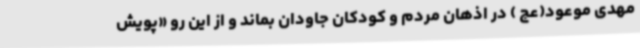
مهدی موعود(عج ) در اذهان مردم و کودکان جاودان بماند و از این رو «پویش